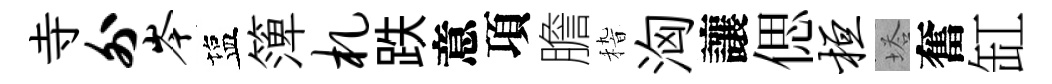
寺外岑塩𥱼札跌意項膽𥟵洶讓偲桓塔奮缸